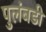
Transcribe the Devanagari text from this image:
पुलंबडी